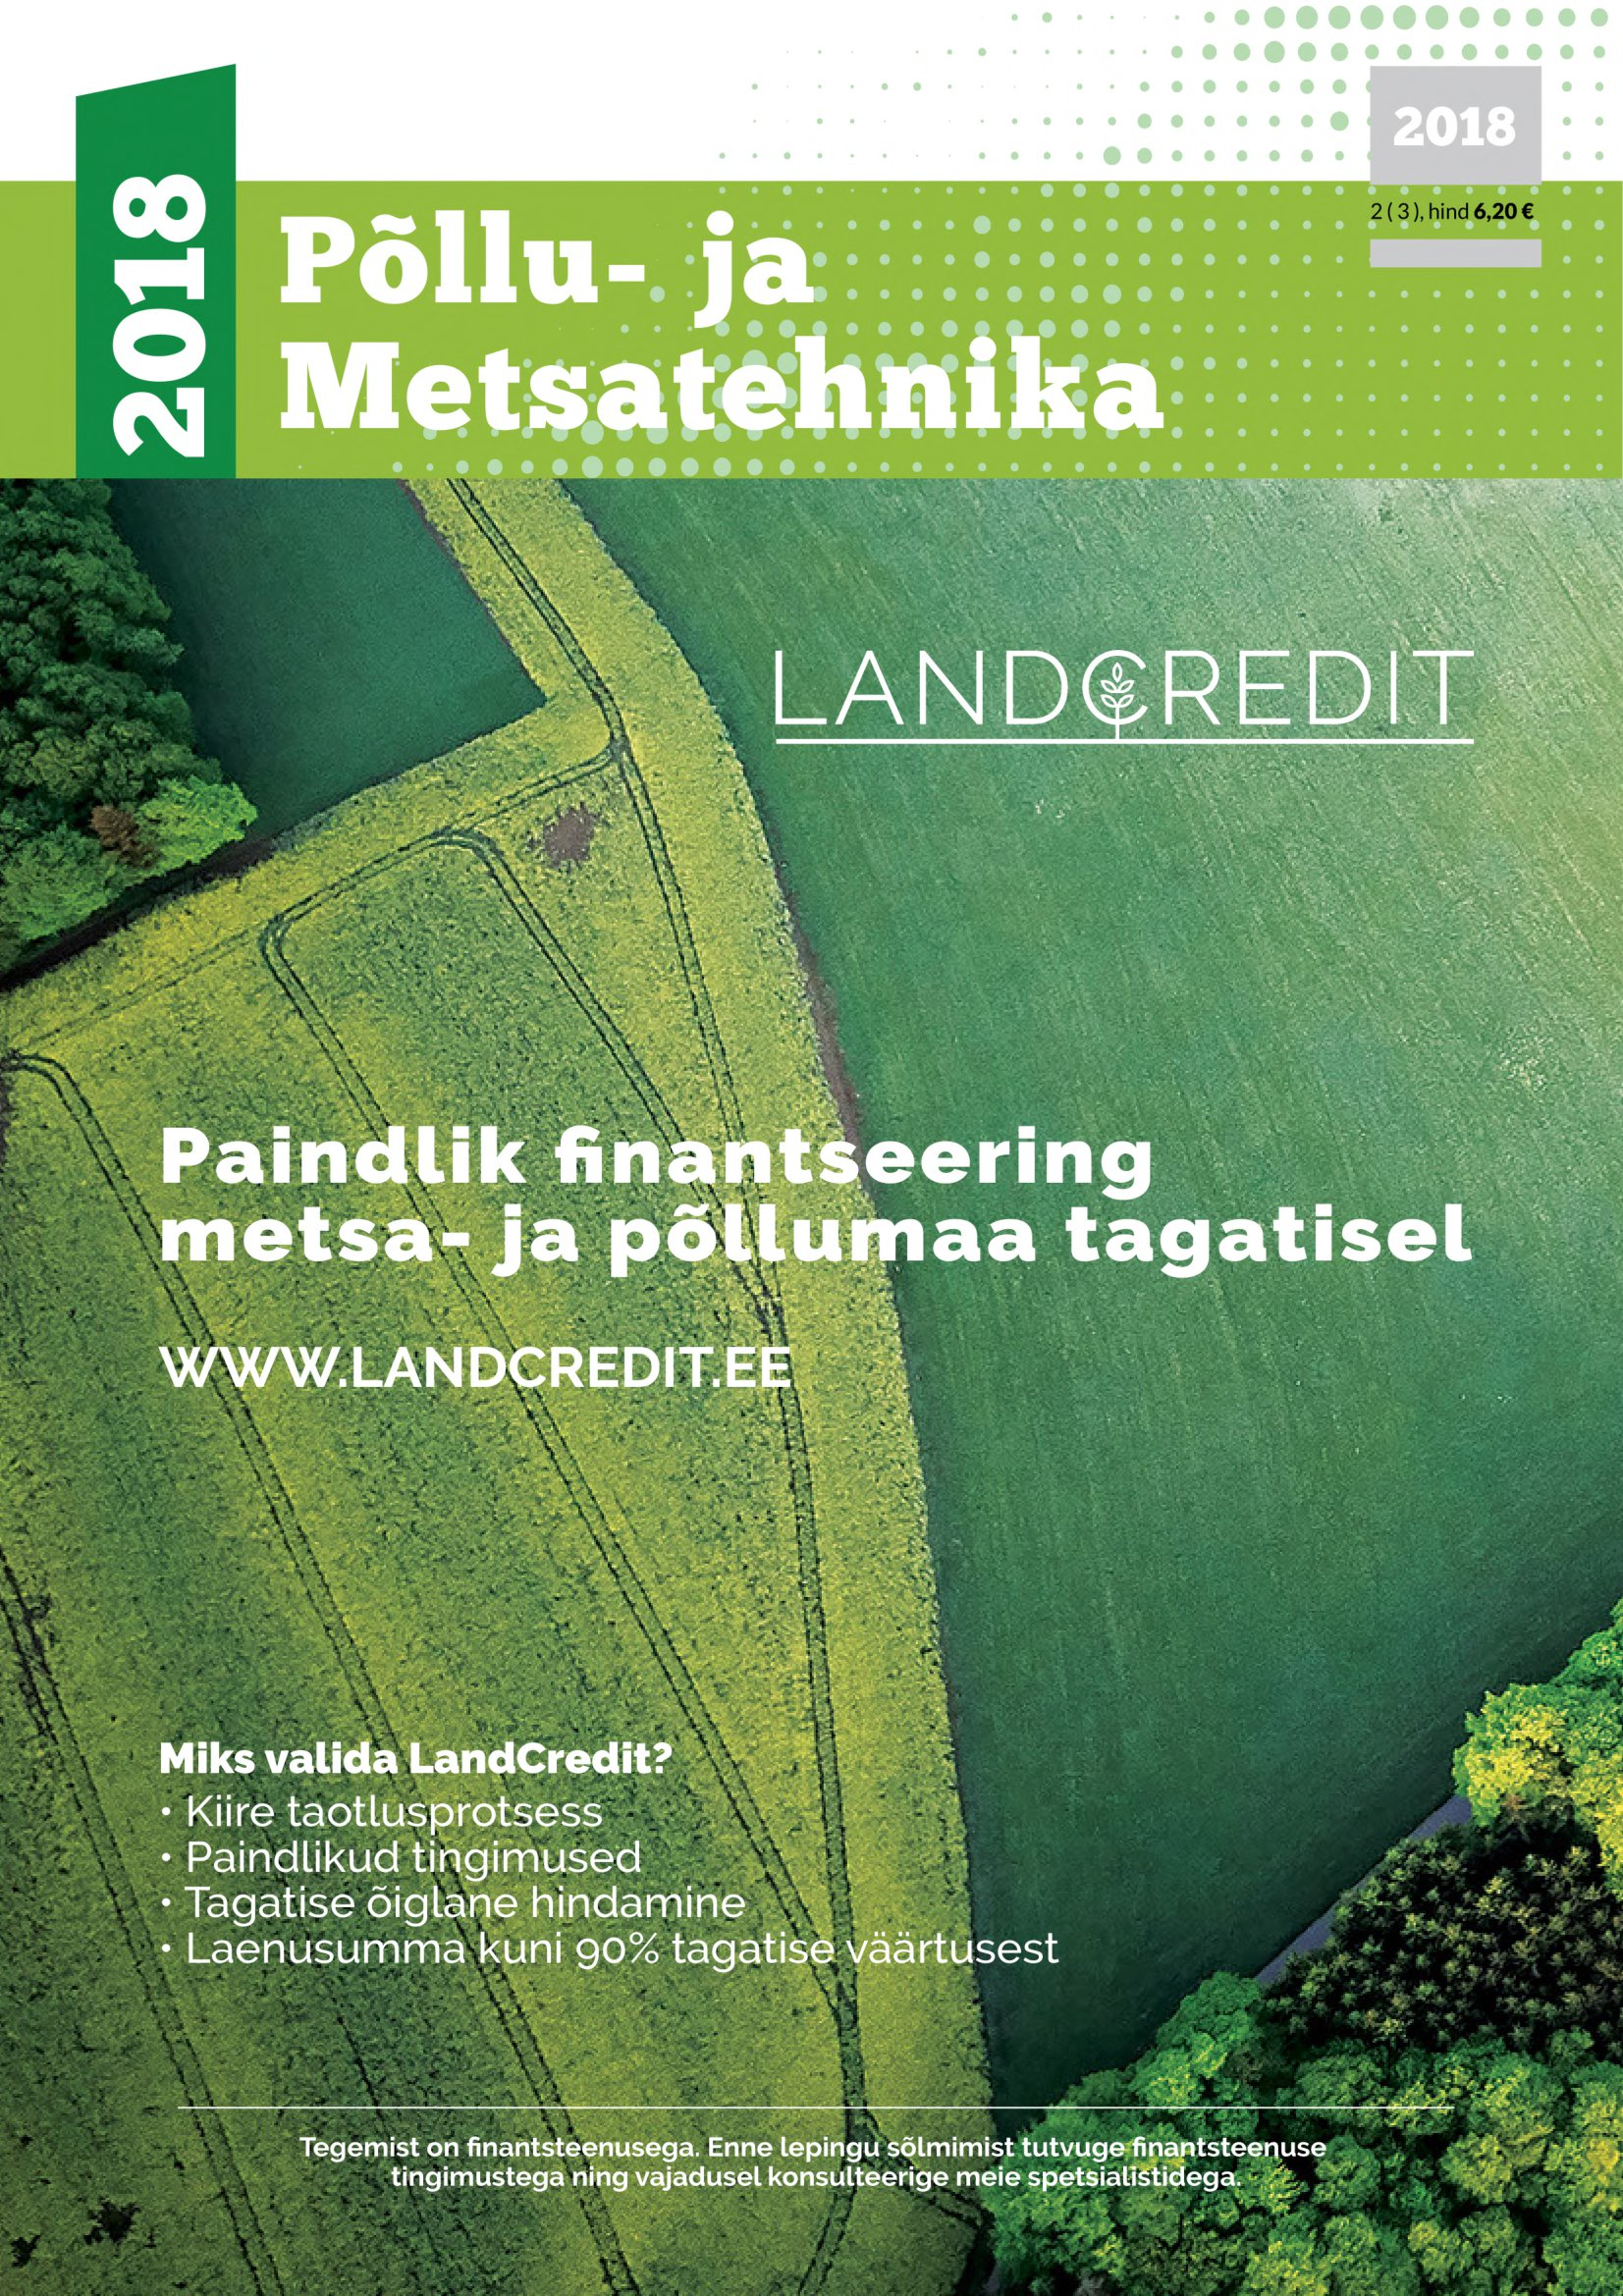
Language: et